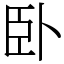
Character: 卧